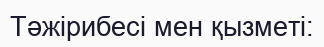
Тәжірибесі мен қызметі: